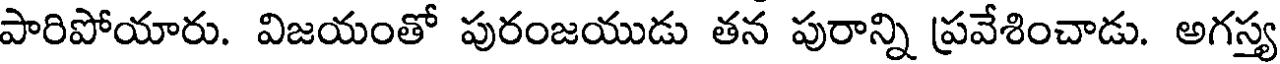
పారిపోయారు. విజయంతో పురంజయుడు తన పురాన్ని ప్రవేశించాడు. అగస్త్య